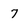
Character: 7